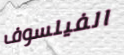
الفيلسوف